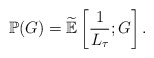
\begin{align*}\mathbb{P}(G) = \widetilde{\mathbb{E}}\left[ \frac{1}{L_\tau}; G \right].\end{align*}